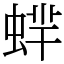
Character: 蝆